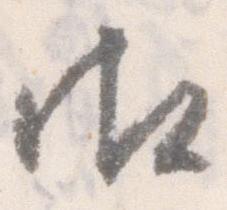
御